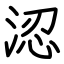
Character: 涊